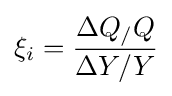
\xi _{i}={\frac {\Delta Q_{/}Q}{\Delta Y/Y}}